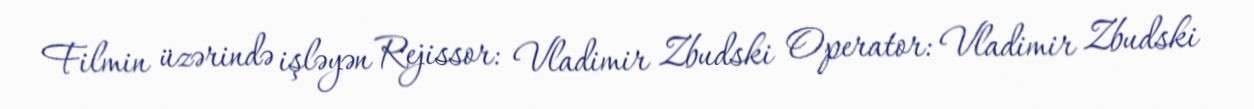
Filmin üzərində işləyən Rejissor: Vladimir Zbudski Operator: Vladimir Zbudski